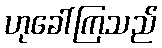
ဟုခေါ်ကြသည်